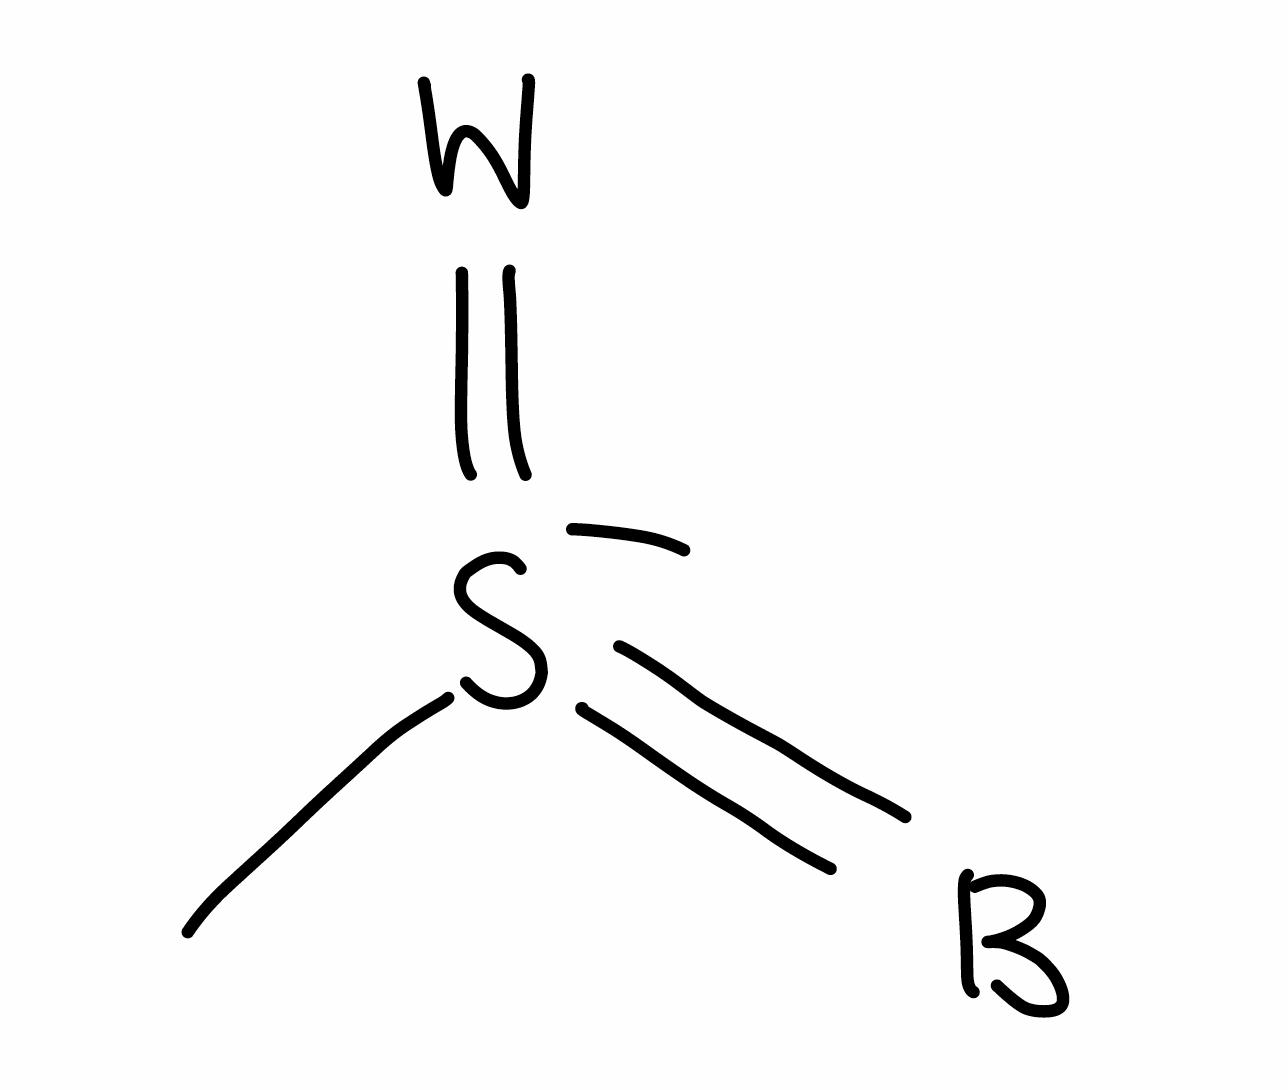
Simplified molecular-input line-entry system (SMILES) notation of the given molecule:
[B]=[S-](=[W])C